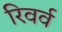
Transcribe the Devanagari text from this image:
रिवर्व